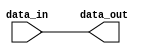
module wire_monitoring #(
    parameter ID = "NAME",
    parameter INDEX = 1,
    parameter WIDTH = 16
) (
    input [WIDTH-1:0] data_in,
    output [WIDTH-1:0] data_out
);

    `ifdef IS_ALTERA
        altsource_probe altsource_probe_component (
            .probe(data_in),
            .source(data_out)
        );
        defparam
            altsource_probe_component.instance_id = ID,
            altsource_probe_component.source_width = WIDTH,
            altsource_probe_component.probe_width = WIDTH,
            altsource_probe_component.enable_metastability = "NO",
            altsource_probe_component.sld_auto_instance_index = "NO",
            altsource_probe_component.sld_instance_index = INDEX,
            altsource_probe_component.source_initial_value = "0";
    `else
        assign data_out = data_in;
    `endif

endmodule